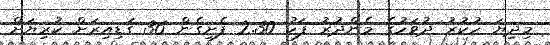
މިދިޔަ ހުކުރު ދުވަހުގެ މެންދުރު ފަހު 2.30 ފެށިގެން 36 ގަޑިއިރަށް ކުރިޔަށް